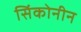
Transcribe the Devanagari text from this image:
सिंकोनीन